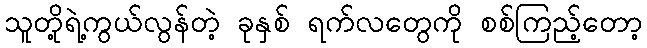
သူတို့ရဲ့ကွယ်လွန်တဲ့ ခုနှစ် ရက်လတွေကို စစ်ကြည့်တော့